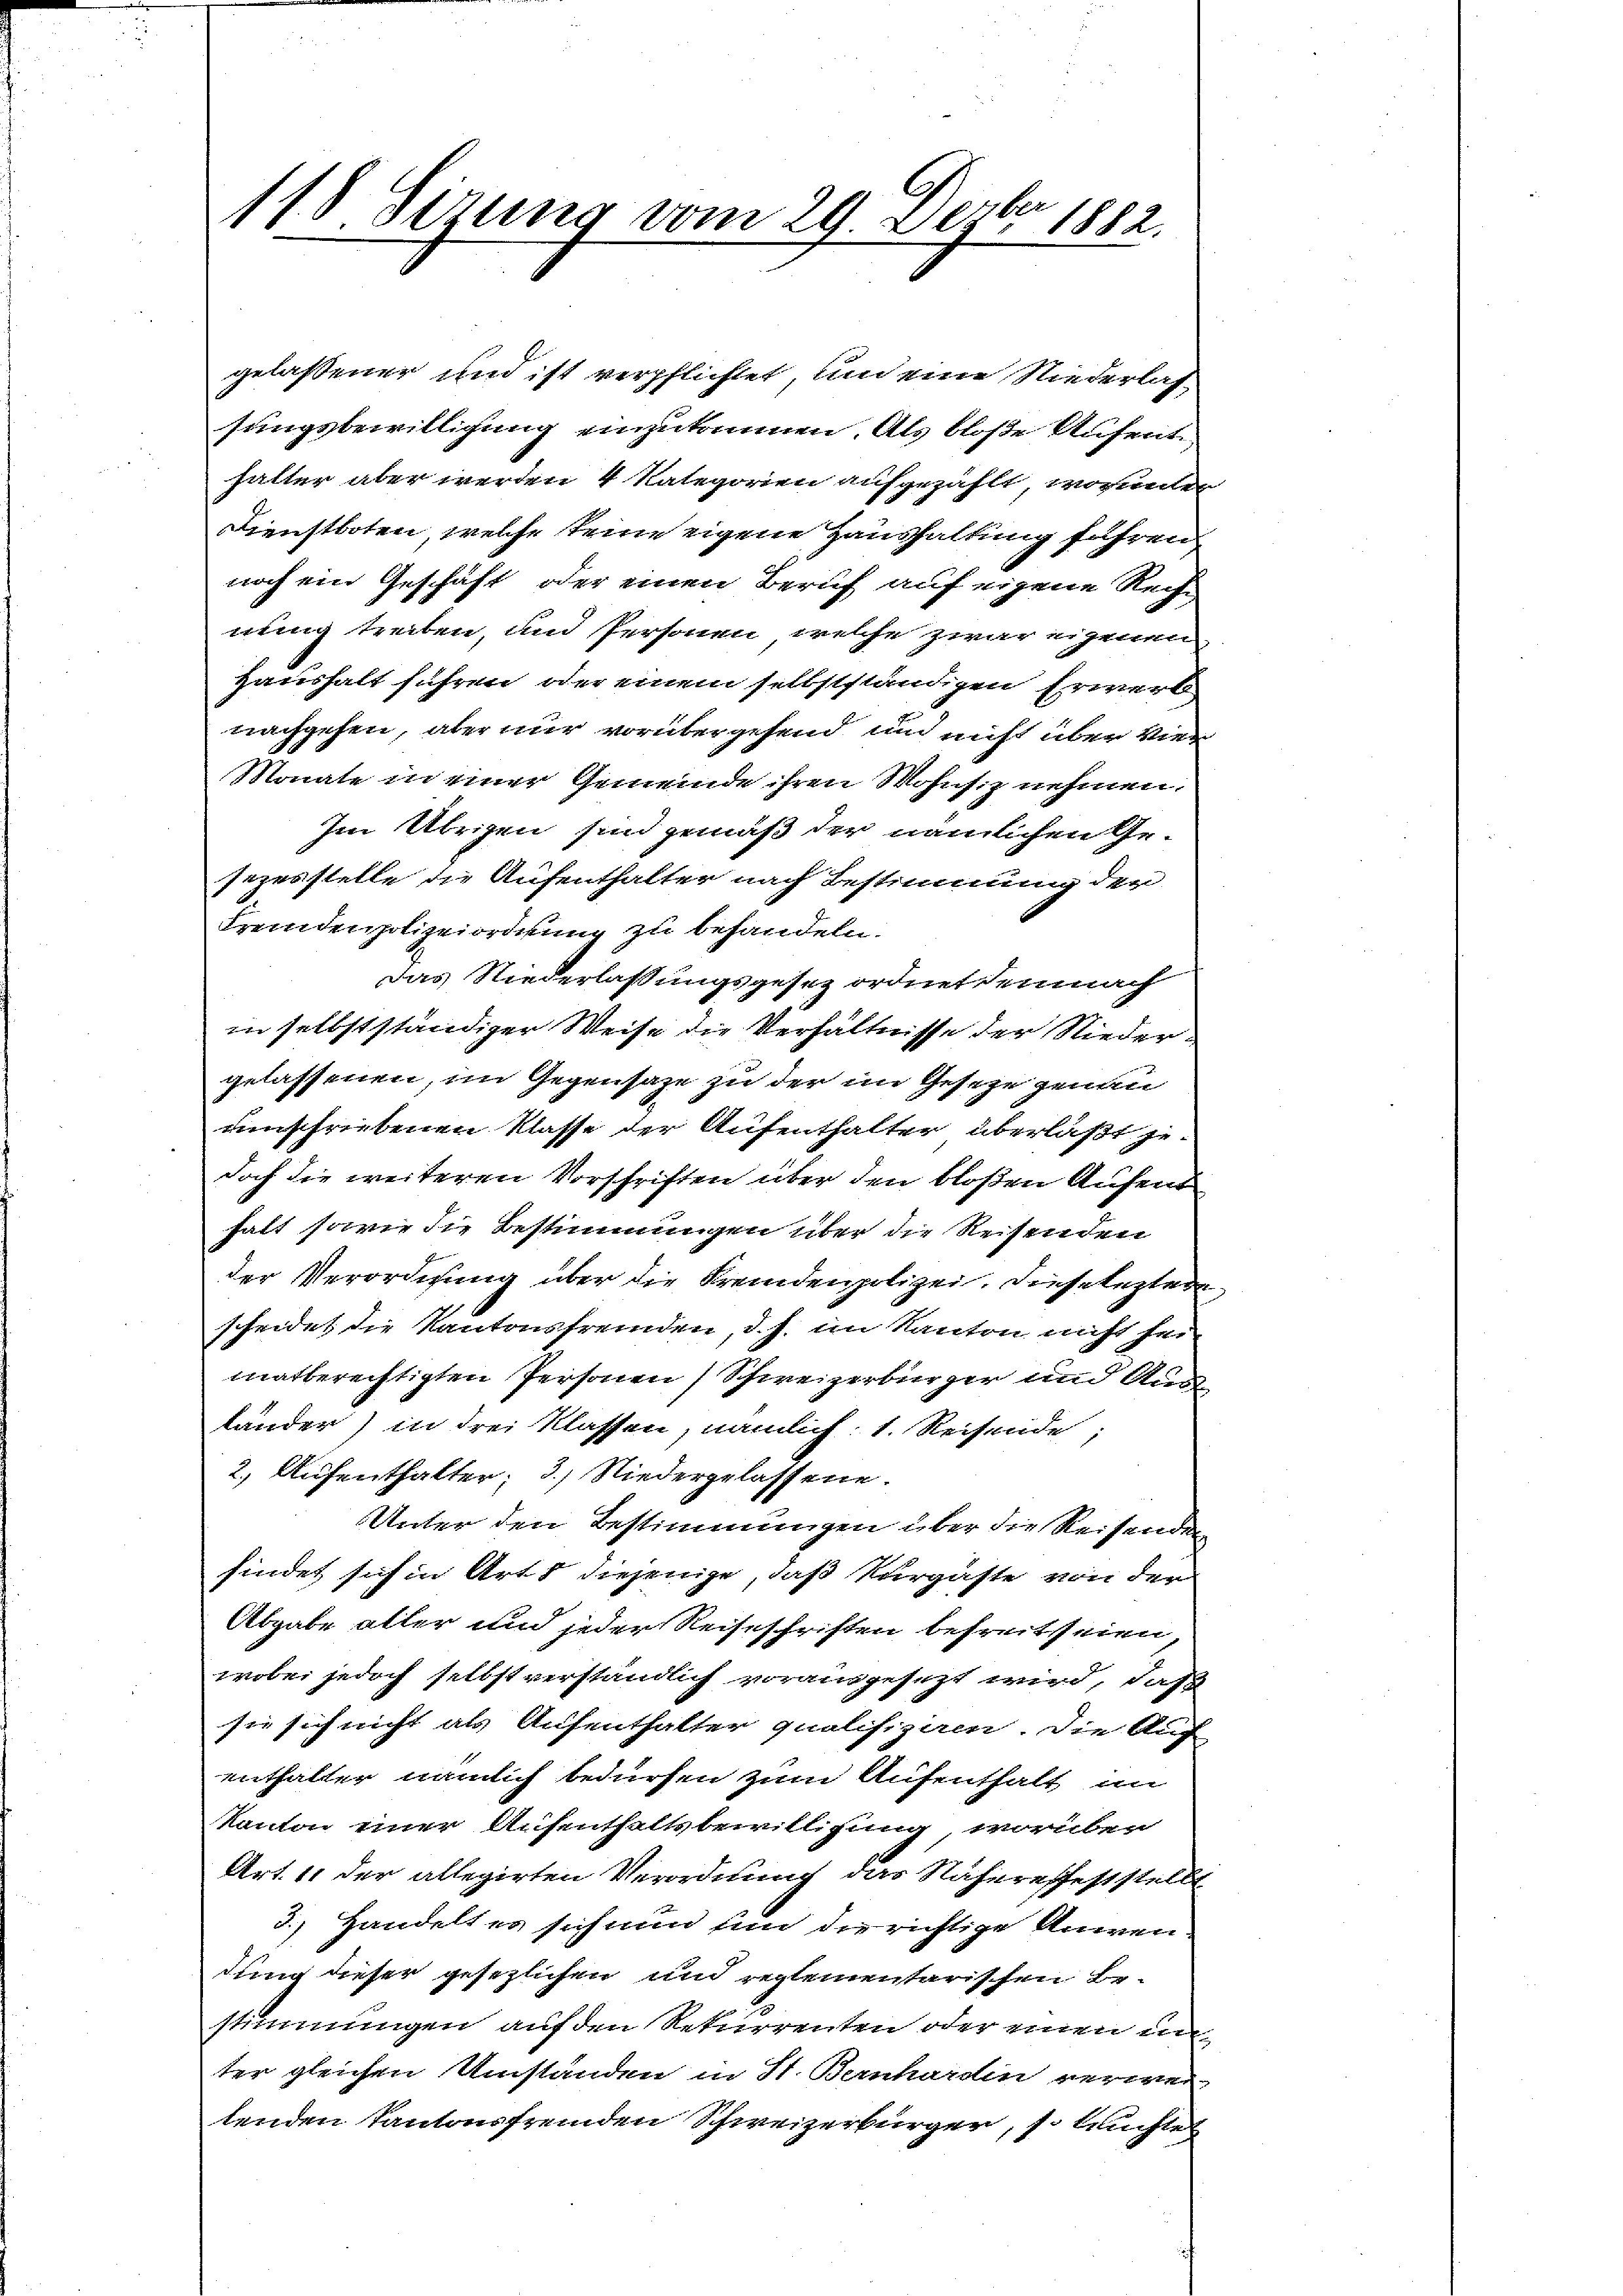
115 Sizung vom 29. Dezbr. 1882.

gelassener und ist verpflichtet, und eine Niederlassungsbewilligung einzukommen. Als bloße Aufent,
halter aber werden 4 Kategorien aufgezählt, worunter
Dienstboten, welche keine eigene Haushaltung führen
noch ein Geschäft oder einen Beruf auf eigene Rech
nung treiben, und Personen, welche zwar eigenen
Haushalt führen oder einem selbstständigen Erwerk
nachgehen, aber nur vorübergehend, und nicht über vier
Monate in einer Gemeinde ihren Wohnsiz nehmen.
Im Übrigen sind gemäß der nämlichen Ge-
sezesstelle die Aufenthalter nach Bestimmung der
Fremdenpolizeiordnung zu behandeln.
das Niederlassungsgesez ordnet demnach
in selbstständiger Weise die Verhältnisse der Nieder
gelassenen, im Gegensage zu der im Geseze genan
umschriebenen Klasse der Aufenthalter überläßt jedoch die weiteren Vorschriften über den bloßen Aufent
halt, sowie die Bestimmungen über die Reisenden
der Verordnung über die Fremdenpolizei, diese lezter
scheidet die Kantonsfremden, d. J. im Kanton nicht sei
matberechtigten Personen Schweizerbürger und And
länder) in drei Klassen, nämlich: 1. Reisende
2.) Aufenthalter; 3.) Niedergelassene
Unter den Bestimmungen über die Reisenden
findet sich in Art diejenige, daß Kurgäste von der
Abgabe aller und jeder Reiseschriften befreit seien,
wobei jedoch selbst verständlich vorausgesezt wird, daß
sie sich nicht als Aufenthalter qualifizam. Die Auf-
enthalter nämlich bedürfen zum Aufenthalt im
Kanton einer Aufenthaltsbewilligung, worüber
Art. 11 der allegirten Verordnung das Näheresfeststellt
3.) Handelt er sich nun um die richtige Anwen
dung dieser gesezlichen und reglementarischen Be-
stimmungen auf den Rekurrenten oder einen i
ter gleichen Umständen in St. Bernhardin verwei
lenden Kantonsfremden Schweizerbürger, s. Bruchte